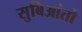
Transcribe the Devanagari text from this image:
सुबिआंतो